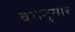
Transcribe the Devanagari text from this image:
वरानुसार